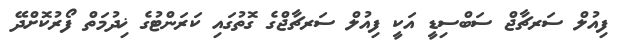
ފިއުލް ސަރޗާޖް ސަބްސިޑީ އަކީ ފިއުލް ސަރޗާޖްގެ ގޮތުގައި ކަރަންޓުގެ ޚިދުމަތް ފޯރުކޮށްދޭ